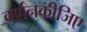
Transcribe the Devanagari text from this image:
वर्णनकीजिए